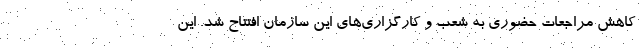
کاهش مراجعات حضوری به شعب و کارگزاری‌های این سازمان افتتاح شد. این